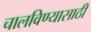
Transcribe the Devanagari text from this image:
चालविण्‍यासाठी